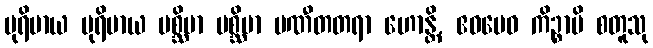
ပုရိမာယ ပုရိမာယ ပစ္ဆိမာ ပစ္ဆိမာ ပဏီတတရာ ဟောန္တိ, ဧဝမေဝ ကိဉ္စာပိ စတူသု